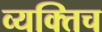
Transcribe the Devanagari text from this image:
व्यक्तिच